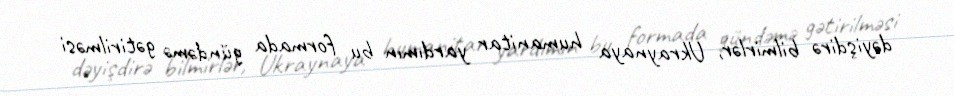
dəyişdirə bilmirlər, Ukraynaya humanitar yardımın bu formada gündəmə gətirilməsi